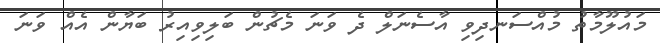
މައުލޫމާތު މުއްސަނދިވި އާސެނަލް ދެ ވަނަ މެޗުން ބަލިވިއިރު ބަޔާން އެއް ވަނަ